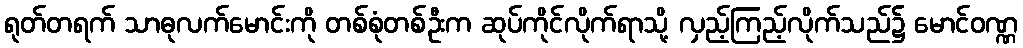
ရုတ်တရက် သာဓုလက်မောင်းကို တစ်စုံတစ်ဦးက ဆုပ်ကိုင်လိုက်ရာသို့ လှည့်ကြည့်လိုက်သည်၌ မောင်ဝဏ္ဏ